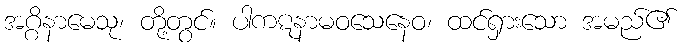
အဂ္ဂိနာမေသု၊ တို့တွင်။ ပါကဋနာမဝသေနေဝ၊ ထင်ရှားသော အမည်၏